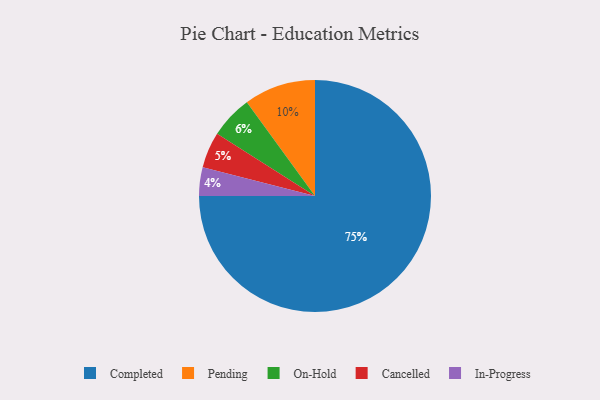
{"axis": {"x": "Category", "y": "Percentage"}, "legend": ["Cancelled", "Completed", "In-Progress", "On-Hold", "Pending"], "data": [{"x": "On-Hold", "y": 6, "type": "On-Hold"}, {"x": "Cancelled", "y": 5, "type": "Cancelled"}, {"x": "Pending", "y": 10, "type": "Pending"}, {"x": "In-Progress", "y": 4, "type": "In-Progress"}, {"x": "Completed", "y": 75, "type": "Completed"}]}